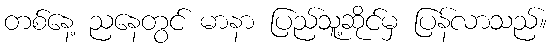
တစ်နေ့ ညနေတွင် မာနာ ပြည်သူ့ဆိုင်မှ ပြန်လာသည်။